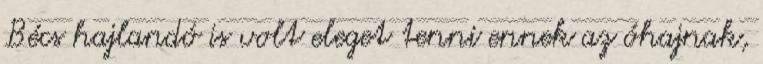
Bécs hajlandó is volt eleget tenni ennek az óhajnak,